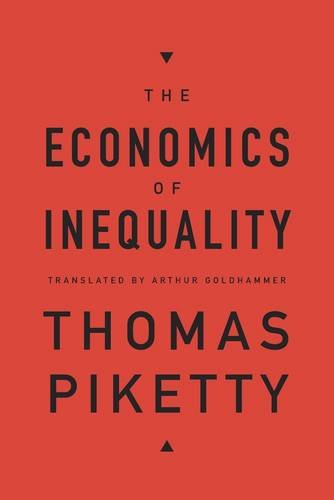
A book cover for The Economics of Inequality; Thomas Piketty; Business & Money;